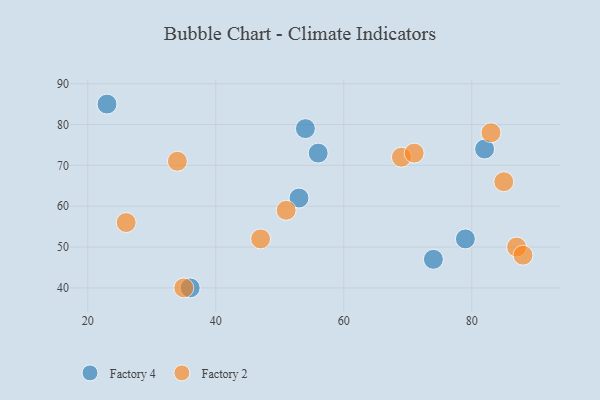
{"axis": {"x": "GDP", "y": "Life Expectancy"}, "legend": ["Factory 2", "Factory 4"], "data": [{"x": "56", "y": 73, "type": "Factory 4"}, {"x": "54", "y": 79, "type": "Factory 4"}, {"x": "53", "y": 62, "type": "Factory 4"}, {"x": "82", "y": 74, "type": "Factory 4"}, {"x": "74", "y": 47, "type": "Factory 4"}, {"x": "79", "y": 52, "type": "Factory 4"}, {"x": "36", "y": 40, "type": "Factory 4"}, {"x": "23", "y": 85, "type": "Factory 4"}, {"x": "87", "y": 50, "type": "Factory 2"}, {"x": "85", "y": 66, "type": "Factory 2"}, {"x": "88", "y": 48, "type": "Factory 2"}, {"x": "69", "y": 72, "type": "Factory 2"}, {"x": "83", "y": 78, "type": "Factory 2"}, {"x": "35", "y": 40, "type": "Factory 2"}, {"x": "51", "y": 59, "type": "Factory 2"}, {"x": "47", "y": 52, "type": "Factory 2"}, {"x": "26", "y": 56, "type": "Factory 2"}, {"x": "71", "y": 73, "type": "Factory 2"}, {"x": "34", "y": 71, "type": "Factory 2"}]}